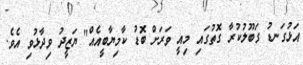
އަޅުގަނޑު ގަބޫލުކުރާ ގޮތުގައި މިއީ ވަރަށް ބޮޑު ކާމިޔާބީއެއް" ޔަޒީދު ވިދާޅުވި އެވެ.